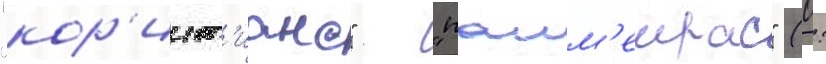
"кор'инт'ианс" - "палм'еирас" (0: